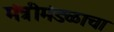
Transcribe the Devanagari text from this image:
मंत्रीमंडळाचा